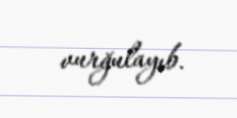
vurğulayıb.